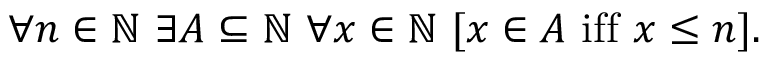
\forall n \in \mathbb { N } \ \exists A \subseteq \mathbb { N } \ \forall x \in \mathbb { N } \ [ x \in A { \mathrm { ~ i f f ~ } } x \leq n ] .